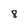
Character: 8